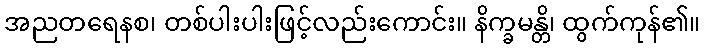
အညတရေနစ၊ တစ်ပါးပါးဖြင့်လည်းကောင်း။ နိက္ခမန္တိ၊ ထွက်ကုန်၏။